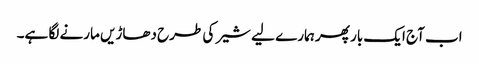
اب آج ایک بار پھر ہمارے لیے شیر کی طرح دھاڑیں مارنے لگا ہے۔